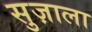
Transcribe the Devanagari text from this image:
सुज़ाला